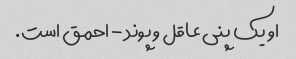
او یک پنی عاقل و پوند - احمق است.